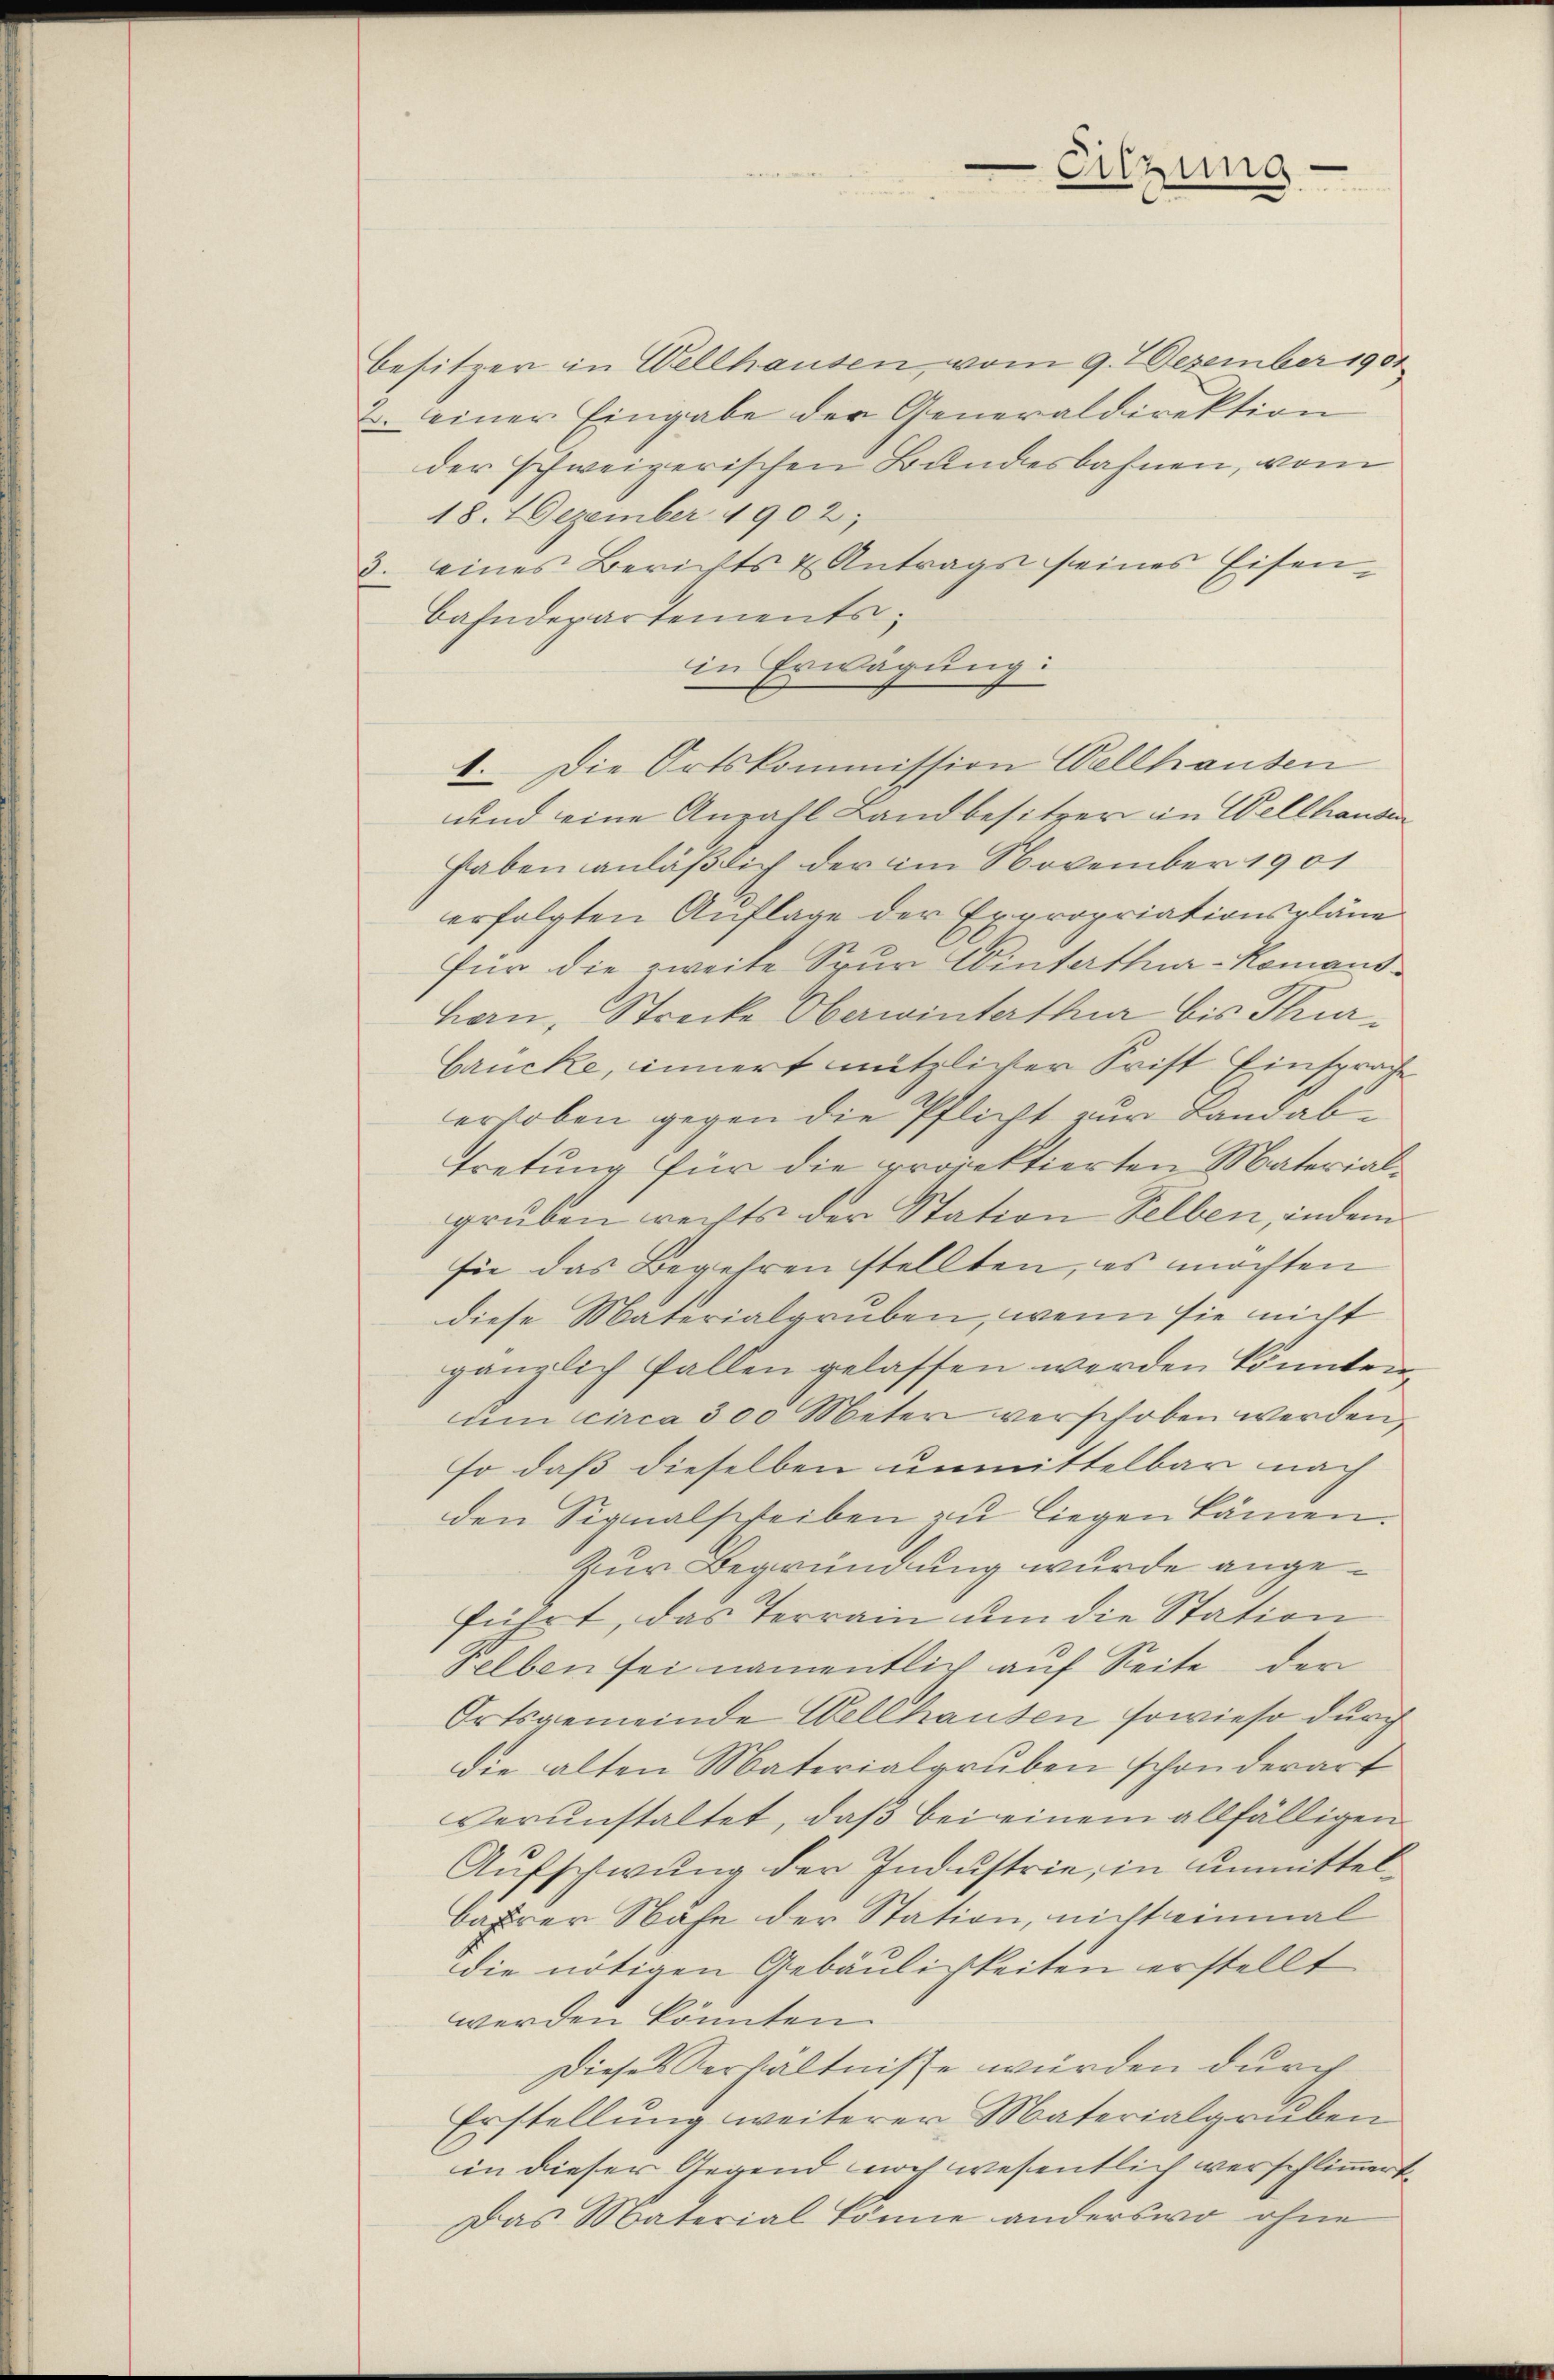
besitzer in Wellhausen, vom 9. 7 Dezember 1901
2. einer Eingabe der Generaldirektion
der schweizerischen Bundesbahnen, vom
18. 1 Dezember 1902;
3. eines Berichts & Antrags seines Eisen¬
Bahndepartements,
in Erwägung:
1. Die Ortskommission Wellhausen
und eine Anzahl Landbesitzer in Wellhausen
haben anläßlich der im November 1901
erfolgten Auflage der Expropriationspläne
für die zweite Spur Winterthur-Komandhern, Strecke Oberwinterthur bis Thur¬
Grucke, innert nützlicher Frist Einsprache
erhoben gegen die Pflicht zur Landabtretung für die projektierten Materialgruben rechts der Station selben, indem
sie das Begehren stellten, es möchten
diese Materialgruben, wenn sie nicht
gänzlich fallen gelassen werden könnten,
um circa 300 Meter verschoben werden,
so daß dieselben unmittelbar nach
den Signalscheiben zu liegen kämen.
Zur Begründung wurde angeführt, das Terrain um die Station
Felben sei namentlich auf Seite der
Ortsgemeinde Wellhausen sowieso durch
die alten Materialgruben schon derart
verŭnstaltet, daβ bei einem allfälligen
Aufschwung der Industrie, in unmittelbasirer Nase der Station, nicht einmal
die nötigen Gebäulichkeiten erstellt
werden könnten.
Dieses Verhältnisse wurden durch
Erstellung weiterer Materialgruben
in dieser Gegend noch wesentlich verschlimmert.
Das Material könne anderswo ohne

Eitzung.